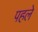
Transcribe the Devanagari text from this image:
पहलेे